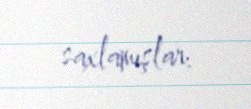
saxlamışlar.